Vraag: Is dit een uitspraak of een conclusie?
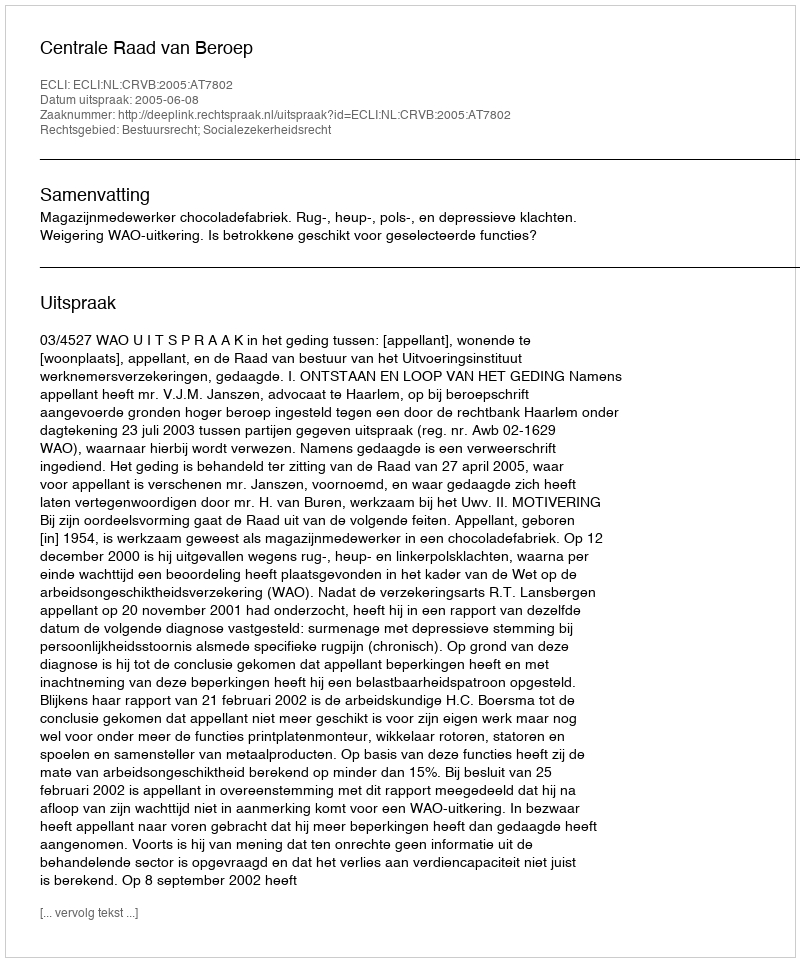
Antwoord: Uitspraak